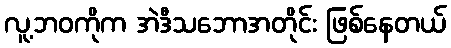
လူ့ဘဝကိုက အဲဒီသဘောအတိုင်း ဖြစ်နေတယ်